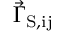
\vec { \Gamma } _ { \mathrm { S , i j } }